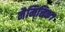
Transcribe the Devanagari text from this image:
नैमित्तिक।